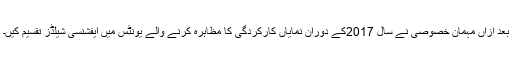
بعد ازاں مہمان خصوصی نے سال 2017کے دوران نمایاں کارکردگی کا مظاہرہ کرنے والے یونٹس میں ایفشنسی شیلڈز تقسیم کیں۔